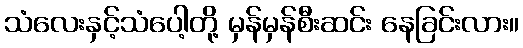
သံလေးနှင့်သံပေါ့တို့ မှန်မှန်စီးဆင်း နေခြင်းလား။